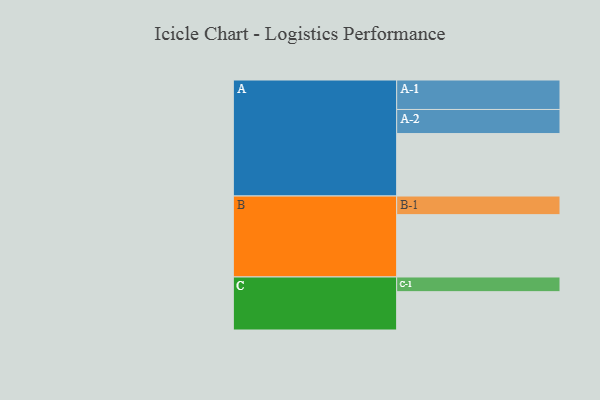
{"axis": {"x": "Segment", "y": "Value"}, "legend": ["", "A", "B", "C"], "data": [{"x": "A", "y": 536, "type": ""}, {"x": "B", "y": 535, "type": ""}, {"x": "C", "y": 329, "type": ""}, {"x": "A-1", "y": 253, "type": "A"}, {"x": "A-2", "y": 207, "type": "A"}, {"x": "B-1", "y": 160, "type": "B"}, {"x": "C-1", "y": 126, "type": "C"}]}